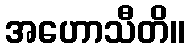
အဟောသီတိ။